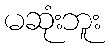
မဆုံးဘူး